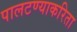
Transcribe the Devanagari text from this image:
पालटण्याकरिता